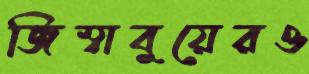
জিম্বাবুয়েরও